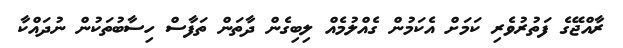
ރާއްޖޭގެ ފަތުރުވެރި ކަމަށް އެކަމުން ގެއްލުމެއް ލިބިގެން ދާތަން ތަފާސް ހިސާބުތަކުން ނުދައްކާ